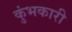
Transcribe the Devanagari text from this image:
कुंभकारी